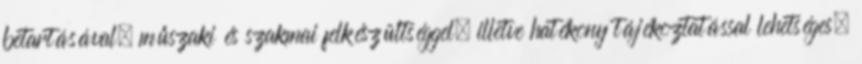
betartásával, műszaki és szakmai felkészültséggel, illetve hatékony tájékoztatással lehetséges.